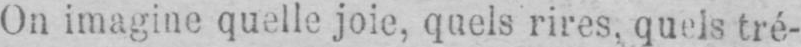
On imagine quelle joie, quels rires, quels tré-